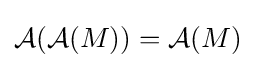
{\mathcal {A}}({\mathcal {A}}(M))={\mathcal {A}}(M)